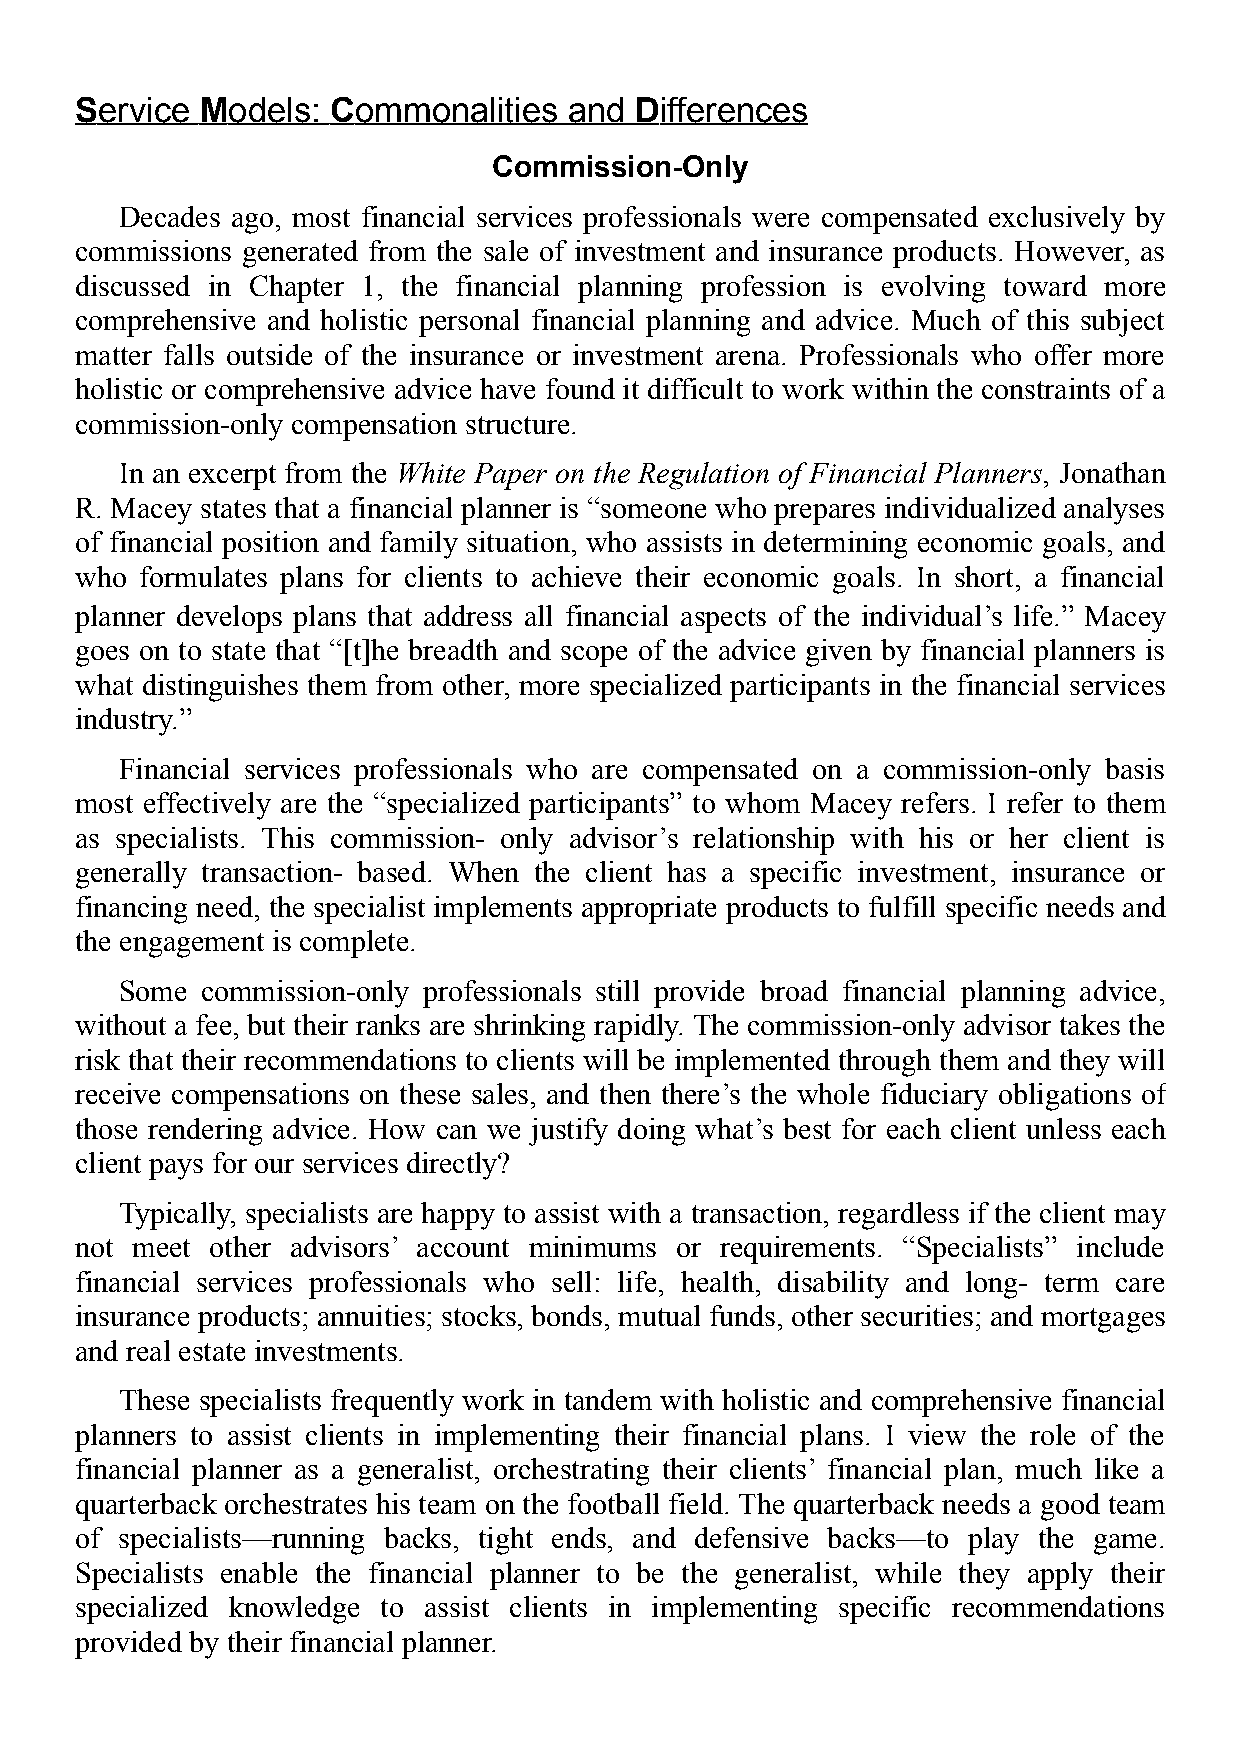
Service Models:  Commonalities   and Differences
 Commission-Only
 Decades ago, most financial services professionals were compensated exclusively by
 commissions generated from the sale of investment and insurance products. However, as
 discussed in Chapter 1, the financial planning profession is evolving toward more
 comprehensive and holistic personal financial planning and advice. Much of this subject
 matter falls outside of the insurance or investment arena. Professionals who offer more
 holistic or comprehensive advice have found it difficult to work within the constraints of a
 commission-only compensation structure.
 In an excerpt from the White Paper on the Regulation of Financial Planners, Jonathan
 R. Macey states that a financial planner is “someone who prepares individualized analyses
 of financial position and family situation, who assists in determining economic goals, and
 who formulates plans for clients to achieve their economic goals. In short, a financial
 planner develops plans that address all financial aspects of the individual’s life.” Macey
 goes on to state that “[t]he breadth and scope of the advice given by financial planners is
 what distinguishes them from other, more specialized participants in the financial services
 industry.”
 Financial services professionals who are compensated on a commission-only basis
 most effectively are the “specialized participants” to whom Macey refers. I refer to them
 as specialists. This commission- only advisor’s relationship with his or her client is
 generally transaction- based. When the client has a specific investment, insurance or
 financing need, the specialist implements appropriate products to fulfill specific needs and
 the engagement is complete.
 Some commission-only professionals still provide broad financial planning advice,
 without a fee, but their ranks are shrinking rapidly. The commission-only advisor takes the
 risk that their recommendations to clients will be implemented through them and they will
 receive compensations on these sales, and then there’s the whole fiduciary obligations of
 those rendering advice. How can we justify doing what’s best for each client unless each
 client pays for our services directly?
 Typically, specialists are happy to assist with a transaction, regardless if the client may
 not meet other advisors’ account minimums or requirements. “Specialists” include
 financial services professionals who sell: life, health, disability and long- term care
 insurance products; annuities; stocks, bonds, mutual funds, other securities; and mortgages
 and real estate investments.
 These specialists frequently work in tandem with holistic and comprehensive financial
 planners to assist clients in implementing their financial plans. I view the role of the
 financial planner as a generalist, orchestrating their clients’ financial plan, much like a
 quarterback orchestrates his team on the football field. The quarterback needs a good team
 of specialists—running backs, tight ends, and defensive backs—to play the game.
 Specialists enable the financial planner to be the generalist, while they apply their
 specialized knowledge to assist clients in implementing specific recommendations
 provided by their financial planner.